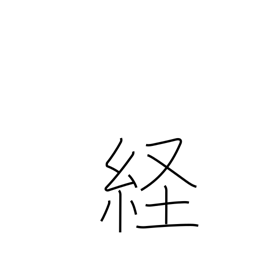
Meaning: longitude